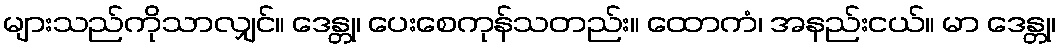
များသည်ကိုသာလျှင်။ ဒေန္တု၊ ပေးစေကုန်သတည်း။ ထောကံ၊ အနည်းငယ်။ မာ ဒေန္တု၊